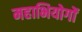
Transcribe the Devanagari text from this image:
महाभियोगों